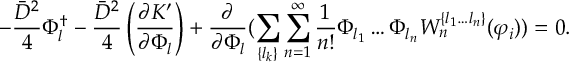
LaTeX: - \frac { \bar { D } ^ { 2 } } { 4 } \Phi _ { l } ^ { \dagger } - \frac { \bar { D } ^ { 2 } } { 4 } \left( \frac { \partial K ^ { \prime } } { \partial \Phi _ { l } } \right) + \frac { \partial } { \partial \Phi _ { l } } ( \sum _ { \{ l _ { k } \} } \sum _ { n = 1 } ^ { \infty } \frac { 1 } { n ! } \Phi _ { l _ { 1 } } \ldots \Phi _ { l _ { n } } W _ { n } ^ { \{ l _ { 1 } \ldots l _ { n } \} } ( \varphi _ { i } ) ) = 0 .